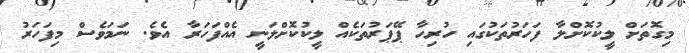
މިގޮތަށް ލީކުކޮށްލާ ފަހަރުތަކުގައި ހުރިހާ ޕޭޕަރުތަކެއް ލީކުކޮށްލަނީ އެއްފަހަރާ އެވެ. ނަމަވެސް މިފަހަރު